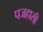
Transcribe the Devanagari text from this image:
पजहासी